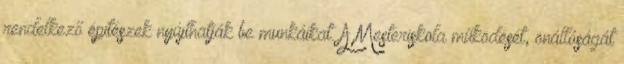
rendelkező építészek nyújthatják be munkáikat. A Mesteriskola működését, önállóságát